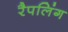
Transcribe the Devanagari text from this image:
रैपलिंग